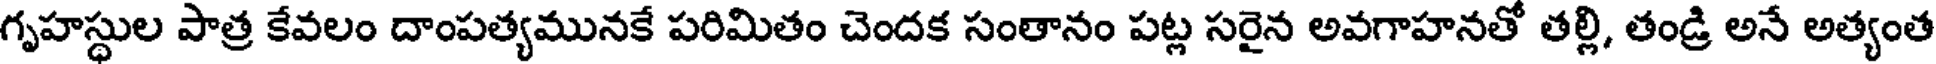
గృహస్థుల పాత్ర కేవలం దాంపత్యమునకే పరిమితం చెందక సంతానం పట్ల సరైన అవగాహనతో తల్లి, తండ్రి అనే అత్యంత